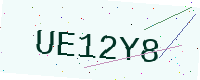
Text: UE12Y8